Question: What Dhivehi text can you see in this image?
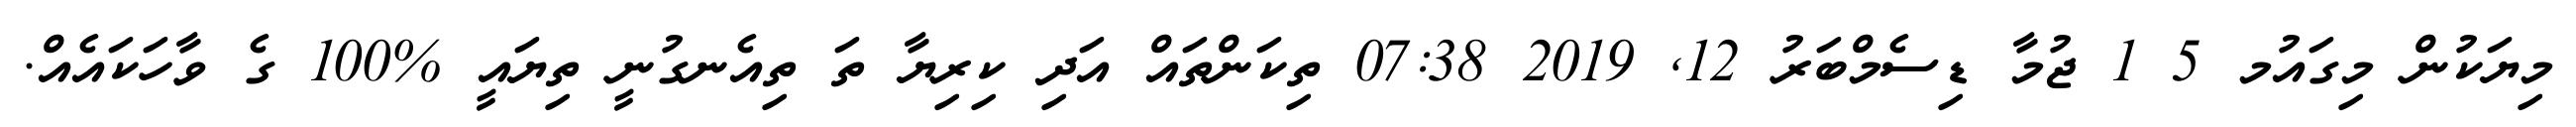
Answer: މިޔަކުން މިގައުމ 5 1 ޖުމާ ޑިސެމްބަރު 12, 2019 07:38 ތިކަންތައް އަދި ކިރިޔާ ތަ ތިއެނގުނީ ތިޔައީ %100 ގެ ވާހަކައެއް.